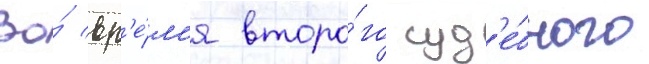
Во́ вр'е́м'я второ́го суд'е́бного